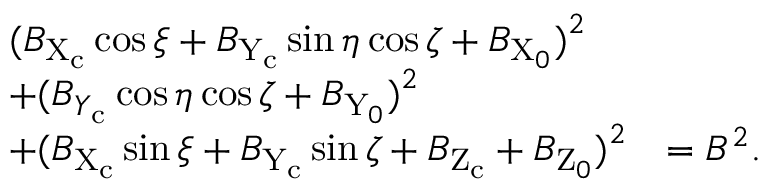
\begin{array} { l l } { { ( B _ { \mathrm { X } _ { \mathrm { c } } } \cos \xi + B _ { \mathrm { Y } _ { \mathrm { c } } } \sin \eta \cos \zeta + B _ { \mathrm { X } _ { 0 } } ) } ^ { 2 } } \\ { + { ( B _ { Y _ { \mathrm { c } } } \cos \eta \cos \zeta + B _ { \mathrm { Y } _ { 0 } } ) } ^ { 2 } } \\ { + { ( B _ { \mathrm { X } _ { \mathrm { c } } } \sin \xi + B _ { \mathrm { Y } _ { \mathrm { c } } } \sin \zeta + B _ { \mathrm { Z } _ { \mathrm { c } } } + B _ { \mathrm { Z } _ { 0 } } ) } ^ { 2 } } & { = { B } ^ { 2 } . } \end{array}